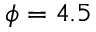
\phi = 4 . 5